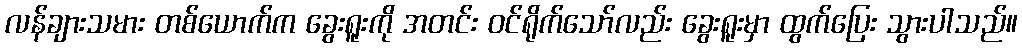
လန်ချားသမား တစ်ယောက်က ခွေးရူးကို အတင်း ဝင်ရိုက်သော်လည်း ခွေးရူးမှာ ထွက်ပြေး သွားပါသည်။